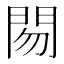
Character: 𰿜